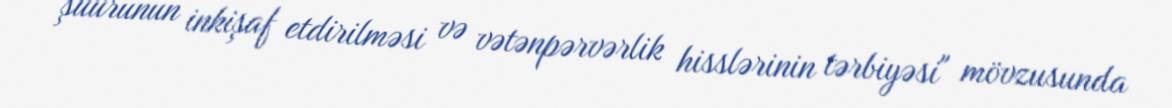
şüurunun inkişaf etdirilməsi və vətənpərvərlik hisslərinin tərbiyəsi" mövzusunda